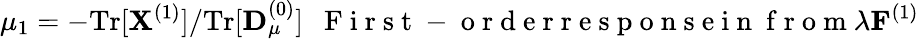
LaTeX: \mu_{1}=-\mathrm{Tr}[{\mathbf X}^{(1)}]/\mathrm{Tr}[{\mathbf D}_{\mu}^{(0)}]~~\mathrm{~F~i~r~s~t~-~o~r~d~e~r~r~e~s~p~o~n~s~e~i~n~}\mathrm{~f~r~o~m~}\lambda{\mathbf F}^{(1)}